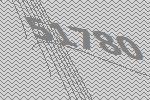
51780